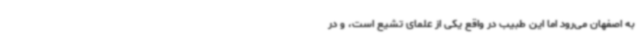
به اصفهان می‌رود اما این طبیب در واقع یکی از علمای تشیع است، و در